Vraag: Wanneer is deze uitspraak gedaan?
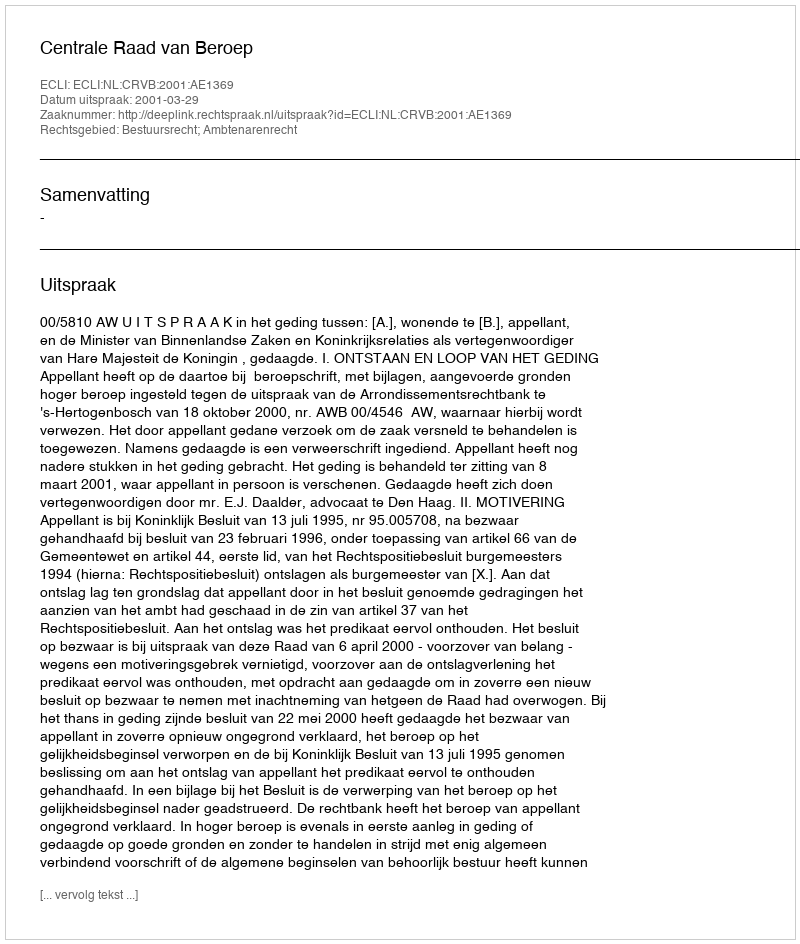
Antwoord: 2001-03-29